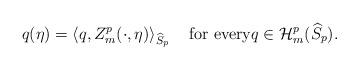
LaTeX: \begin{align*}q(\eta)=\left\langle q,Z^p_m(\cdot,\eta)\right\rangle_{ \widehat{S}_p }\quad\textrm{for every}q\in\mathcal{H}^p_m(\widehat{S}_p).\end{align*}